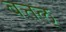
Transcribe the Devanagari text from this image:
बत्तल्